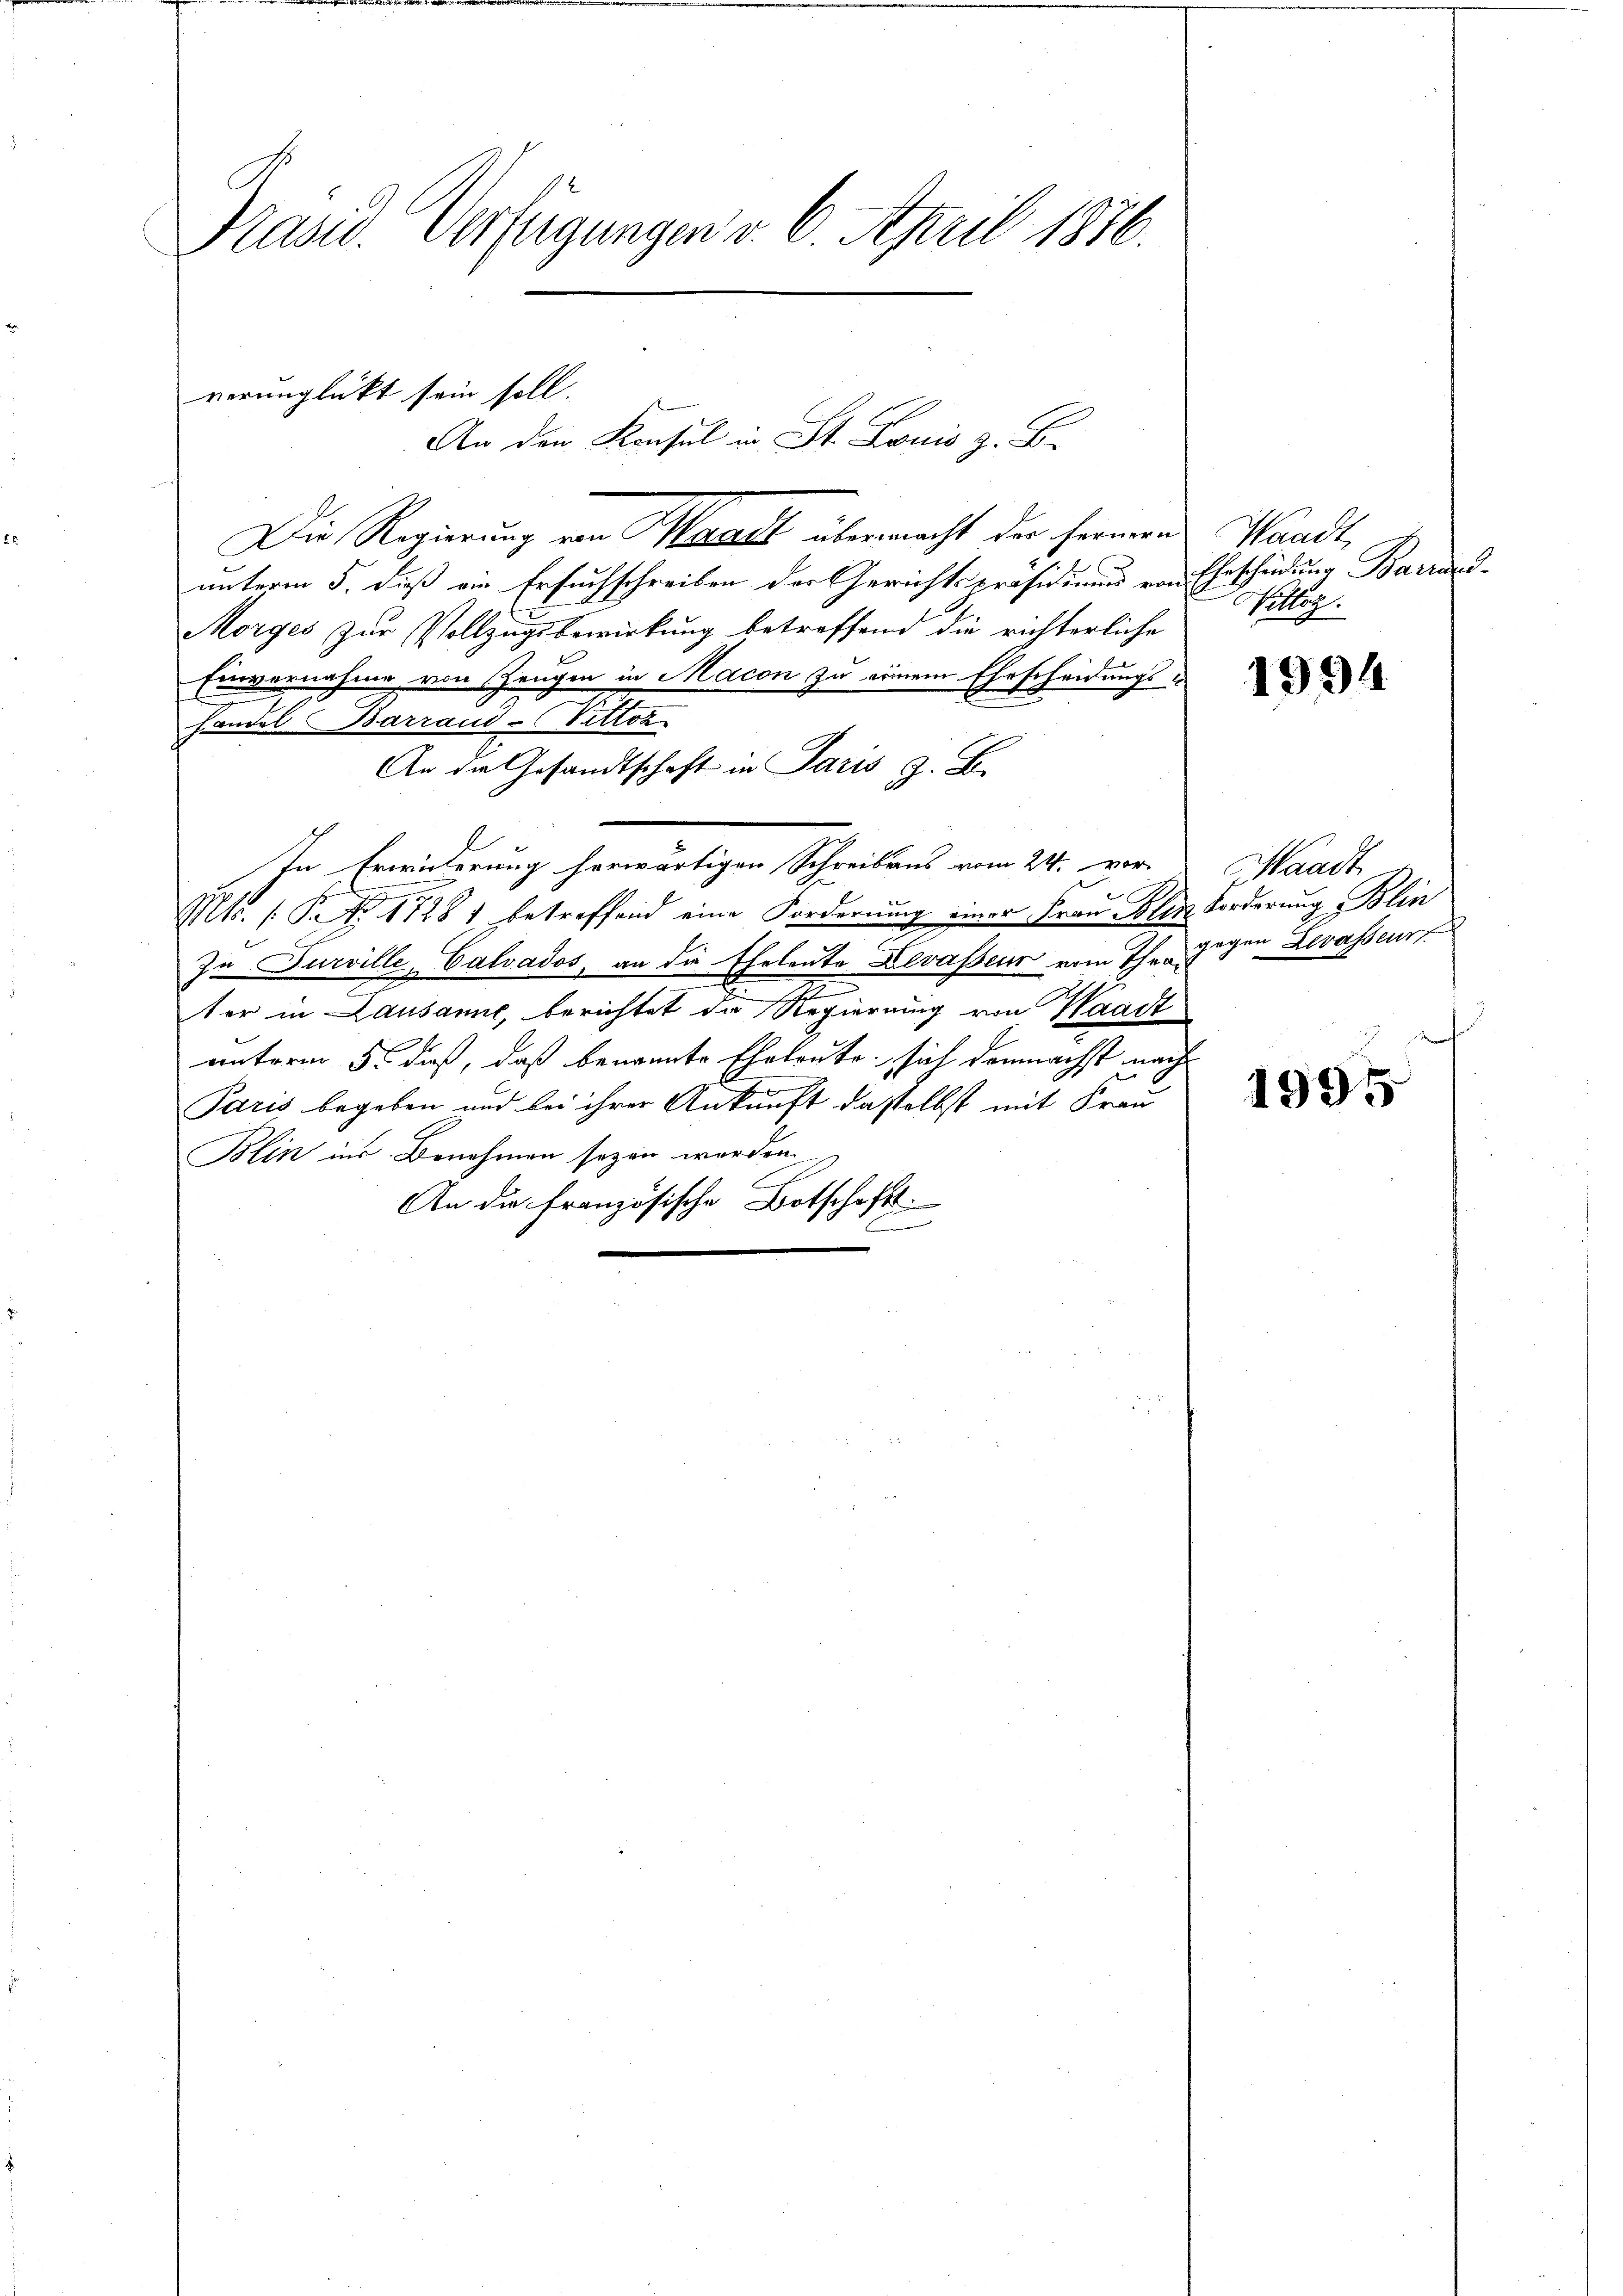
Präsid. Verfügungen v. 6. April 1876.

Die Regierung von Waadt übermacht der fernen
unterm 5. dieß ein Ersuchschreiben der Gerichtspräsidiums rau
Morges zur Vollzugsbewirkung betreffend die richterliche
Einvernahme von Zeugen in Macon zu seinem Ehescheidungs¬
Handel Barrand-Vette
An die Gesandtschaft in Paris z. B.
In Erwiederung herwärtigen Schreibens vom 24. vor-
Mts. (: P. Nr. 17281 betreffend eine Forderung einer Frau Solen Forderung Blin
In Jurville, Calvados, an die Eheleute Levasseur vom Theagigen Zwasseur
2
ter in Lausanne, berichtet die Regierung von Waadt
unterm 5. daß, daß benannte Eheleute sich demnächst nach
Paris begeben und bei ihrer Ankunft dasselbst mit Frau
Blin ins Benehmen sezen worden.
An die Französische Botschafts
6

verunglückt sein soll.
An den Konsul in St. Louis z. B.

Waadt,
Ehescheidung Barrand
ittiz.

1994

Waadt

1995